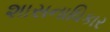
શાસનાધિકાર